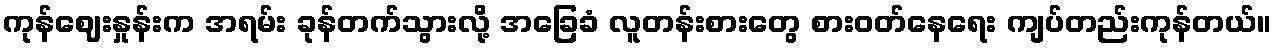
ကုန်ဈေးနှုန်းက အရမ်း ခုန်တက်သွားလို့ အခြေခံ လူတန်းစားတွေ စားဝတ်နေရေး ကျပ်တည်းကုန်တယ်။